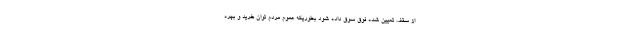
از سقف تعیین شده فوق سوق داده شود بطوریکه عموم مردم توان خرید و بهره